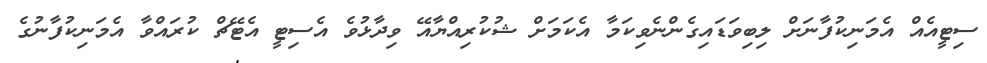
ސިޓީއެއް އެމަނިކުފާނަށް ލިބިވަޑައިގެންނެވިކަމާ އެކަމަށް ޝުކުރިއްޔާއޭ ވިދާޅުވެ އެސިޓީ އެޓޭޗް ކުރައްވާ އެމަނިކުފާނުގެ